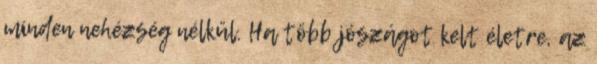
minden nehézség nélkül. Ha több jószágot kelt életre, az